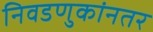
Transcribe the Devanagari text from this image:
निवडणुकांनतर